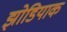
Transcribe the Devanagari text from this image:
झोडियाक